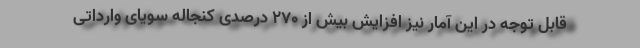
قابل توجه در این آمار نیز افزایش بیش از ۲۷۰ درصدی کنجاله سویای وارداتی